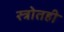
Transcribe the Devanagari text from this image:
स्त्रोतही